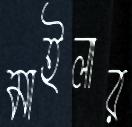
মাইলার